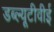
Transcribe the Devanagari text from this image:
डब्ल्यूटीवीई